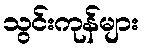
သွင်းကုန်များ